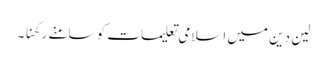
لین دین میں اسلامی تعلیمات کو سامنے رکھنا ۔